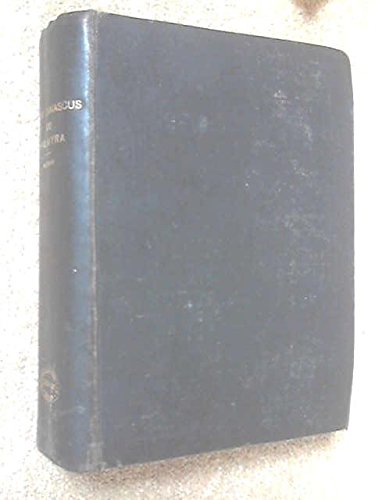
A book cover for From Damascus to Palmyra; John Kelman; Travel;